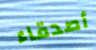
أصدقاء